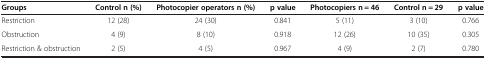
| Groups | Control n (%) | Photocopier operators n (%) | p value | Photocopiers n = 46 | Control n = 29 | p value |
 | --- | --- | --- | --- | --- | --- | --- |
 | Restriction | 12 (28) | 24 (30) | 0.841 | 5 (11) | 3 (10) | 0.766 |
 | Obstruction | 4 (9) | 8 (10) | 0.918 | 12 (26) | 10 (35) | 0.305 |
 | Restriction & obstruction | 2 (5) | 4 (5) | 0.967 | 4 (9) | 2 (7) | 0.780 |